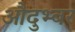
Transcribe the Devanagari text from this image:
औदुभ्बर